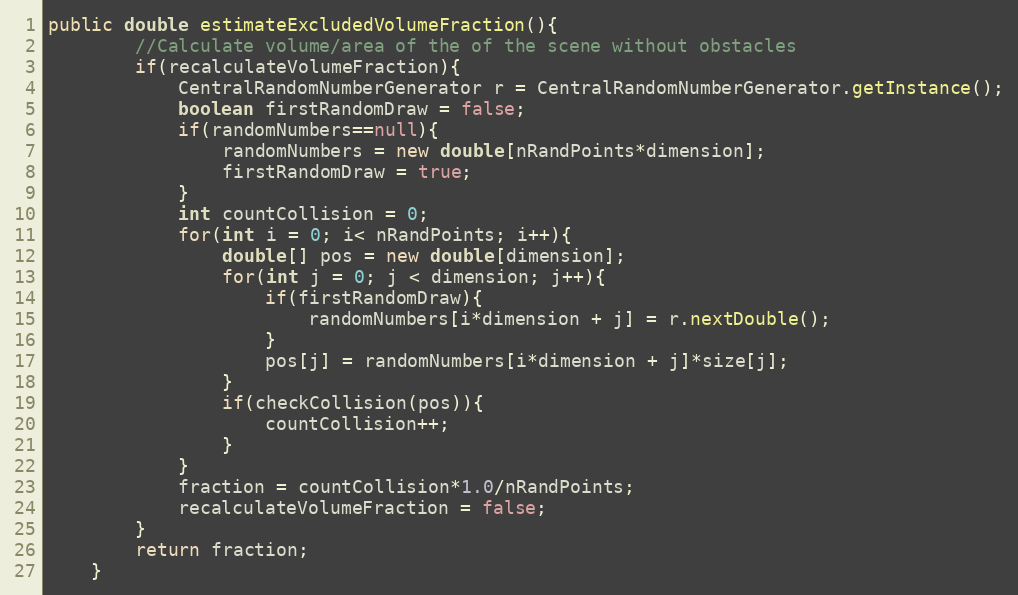
Language: Java
public double estimateExcludedVolumeFraction(){
		//Calculate volume/area of the of the scene without obstacles
		if(recalculateVolumeFraction){
			CentralRandomNumberGenerator r = CentralRandomNumberGenerator.getInstance();
			boolean firstRandomDraw = false;
			if(randomNumbers==null){
				randomNumbers = new double[nRandPoints*dimension];
				firstRandomDraw = true;
			}
			int countCollision = 0;
			for(int i = 0; i< nRandPoints; i++){
				double[] pos = new double[dimension];
				for(int j = 0; j < dimension; j++){
					if(firstRandomDraw){
						randomNumbers[i*dimension + j] = r.nextDouble();
					}
					pos[j] = randomNumbers[i*dimension + j]*size[j];
				}
				if(checkCollision(pos)){
					countCollision++;
				}
			}
			fraction = countCollision*1.0/nRandPoints;
			recalculateVolumeFraction = false;
		}
		return fraction;
	}